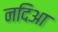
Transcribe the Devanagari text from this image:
नदिआ